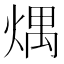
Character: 㷒